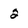
Character: 2